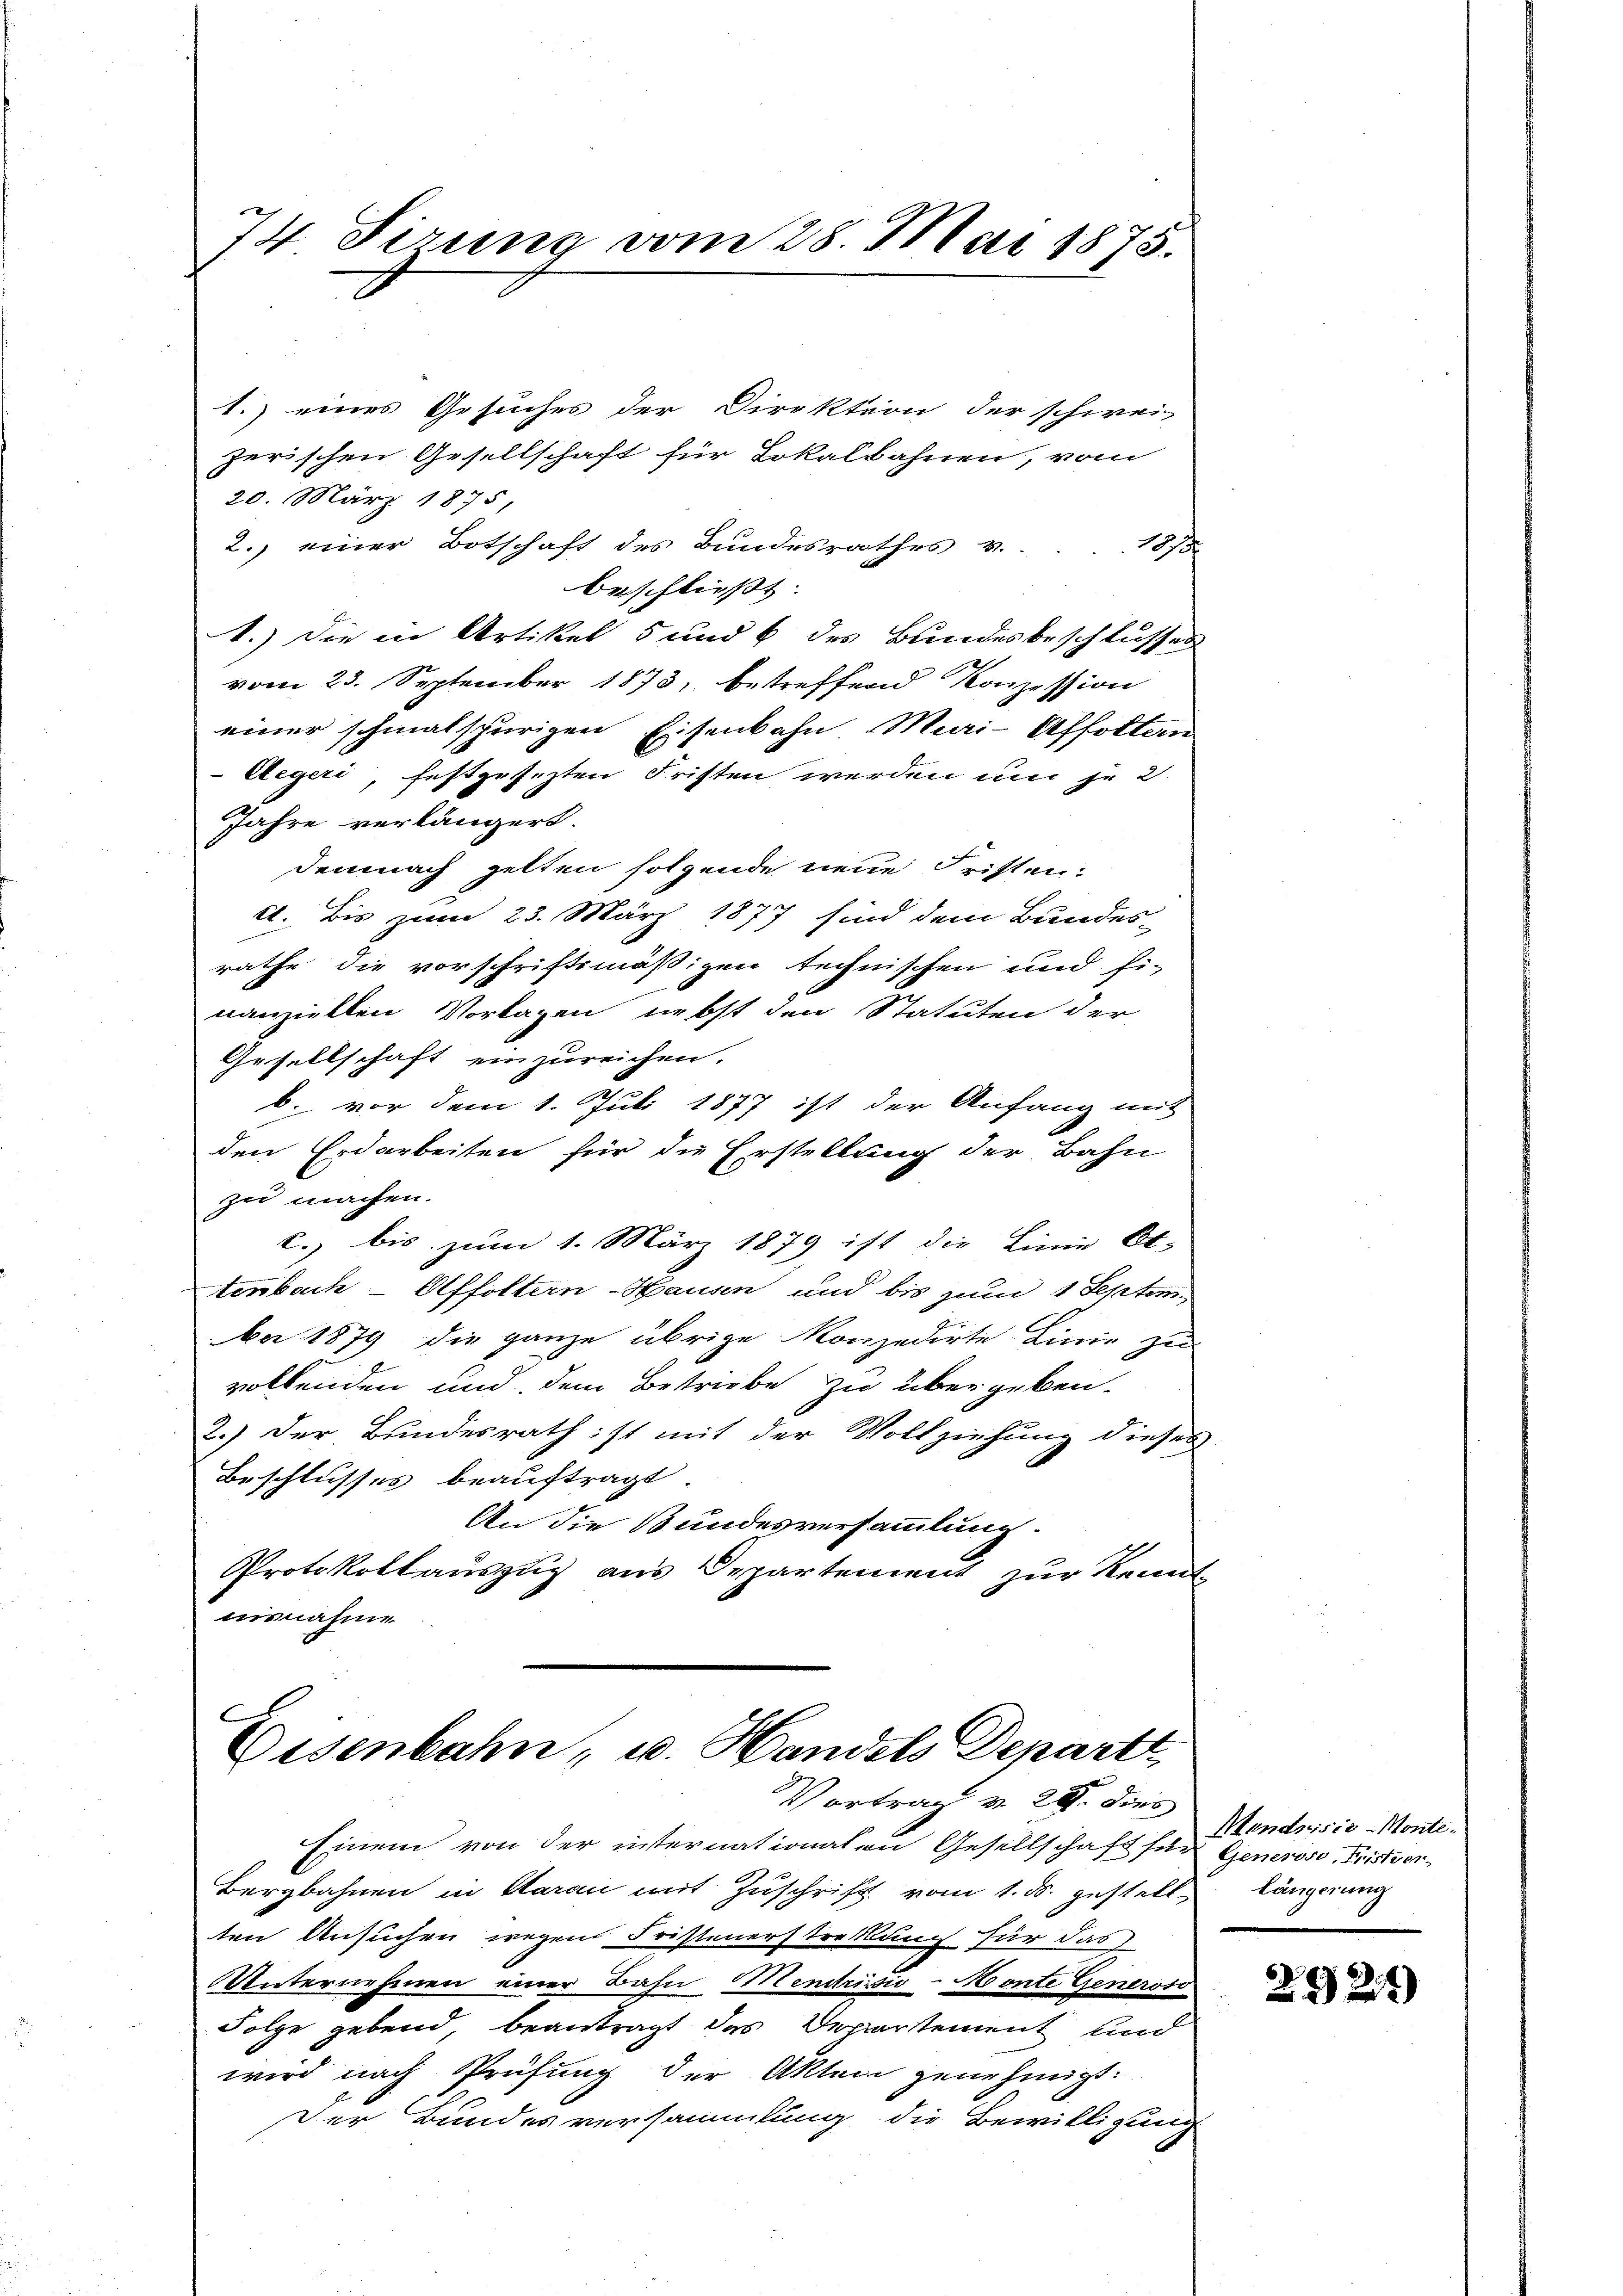
74 Sizung vom 28. Mai 1875.

zerischen Gesellschaft für Lokalbahnen, vom
20. März 1875,
2. einer Botschaft des Bundesrathes v.
f
beschließt:
1.) Die in Artikel 5 und 6 des Bundesbeschlusses
vom 23. September 1873, betreffend Konzession
einer schmalspurigen Eisenbahn Mari-Affoltern
Aegeri, festgesezten Fristen werden und je 2
Jahre verlängert.
demnach gelten folgende neue Fristen:
e. Bis zum 23. März 1877 sind dem Bundes-
rathe die vorschriftsmäßigen technischen und fi-
nanziellen Vorlagen, nebst den Statuten der
Gesellschaft einzureichen.
b. vor dem 1. Juli 1877 ist der Anfang mit
den Erdarbeiten für die Erstellung der Bahn
zu machen.
c., bis zum 1. März 1879 ist die Linie Ot.
tenbach-Affoltern-Hausen und bis zum 1 Septem¬
Ao 1879 die ganze übrige Konzedirte Linie zu
volkenden und dem Bestriebe zu übergeben.
2.) Der Bundesrath ist mit der Vollziehung dieses
Beschlusses beauftragt.
An die Bundesversammlung.
Protokollauszug aus Departement zur Kennt
nisnahme

1.) eines Gesuches der Direktion der schwei-

C
Eisenbahn, u. Handels Depart
Vortrag v. 28. dies

Einem von der internationalen Gesellschaft für Generoso Fristver¬
Bergbahnen in daran mit Zuschrift vom 1. ds. gestell, Längerung
ten Ansuchen wegen Fristenerstreklung für das
UUnternehmen einer Bahn Mendrissio-Monte Generoso
Folge gebend, beantragt das Departement und
wird nach Prüfung der Akten genehmigt.
Der Bundesversammlung die Bewilligung

Mendrisis-Monte¬

292)